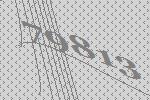
79813